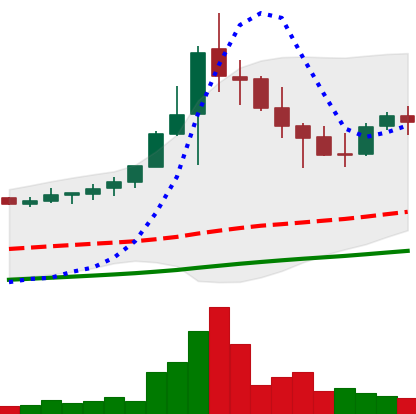
Ticker: NEO-USD
Chart end date: 2021-04-28
Forward return: 16.813%
Label: up_7plus